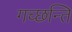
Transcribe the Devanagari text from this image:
गच्छन्ति